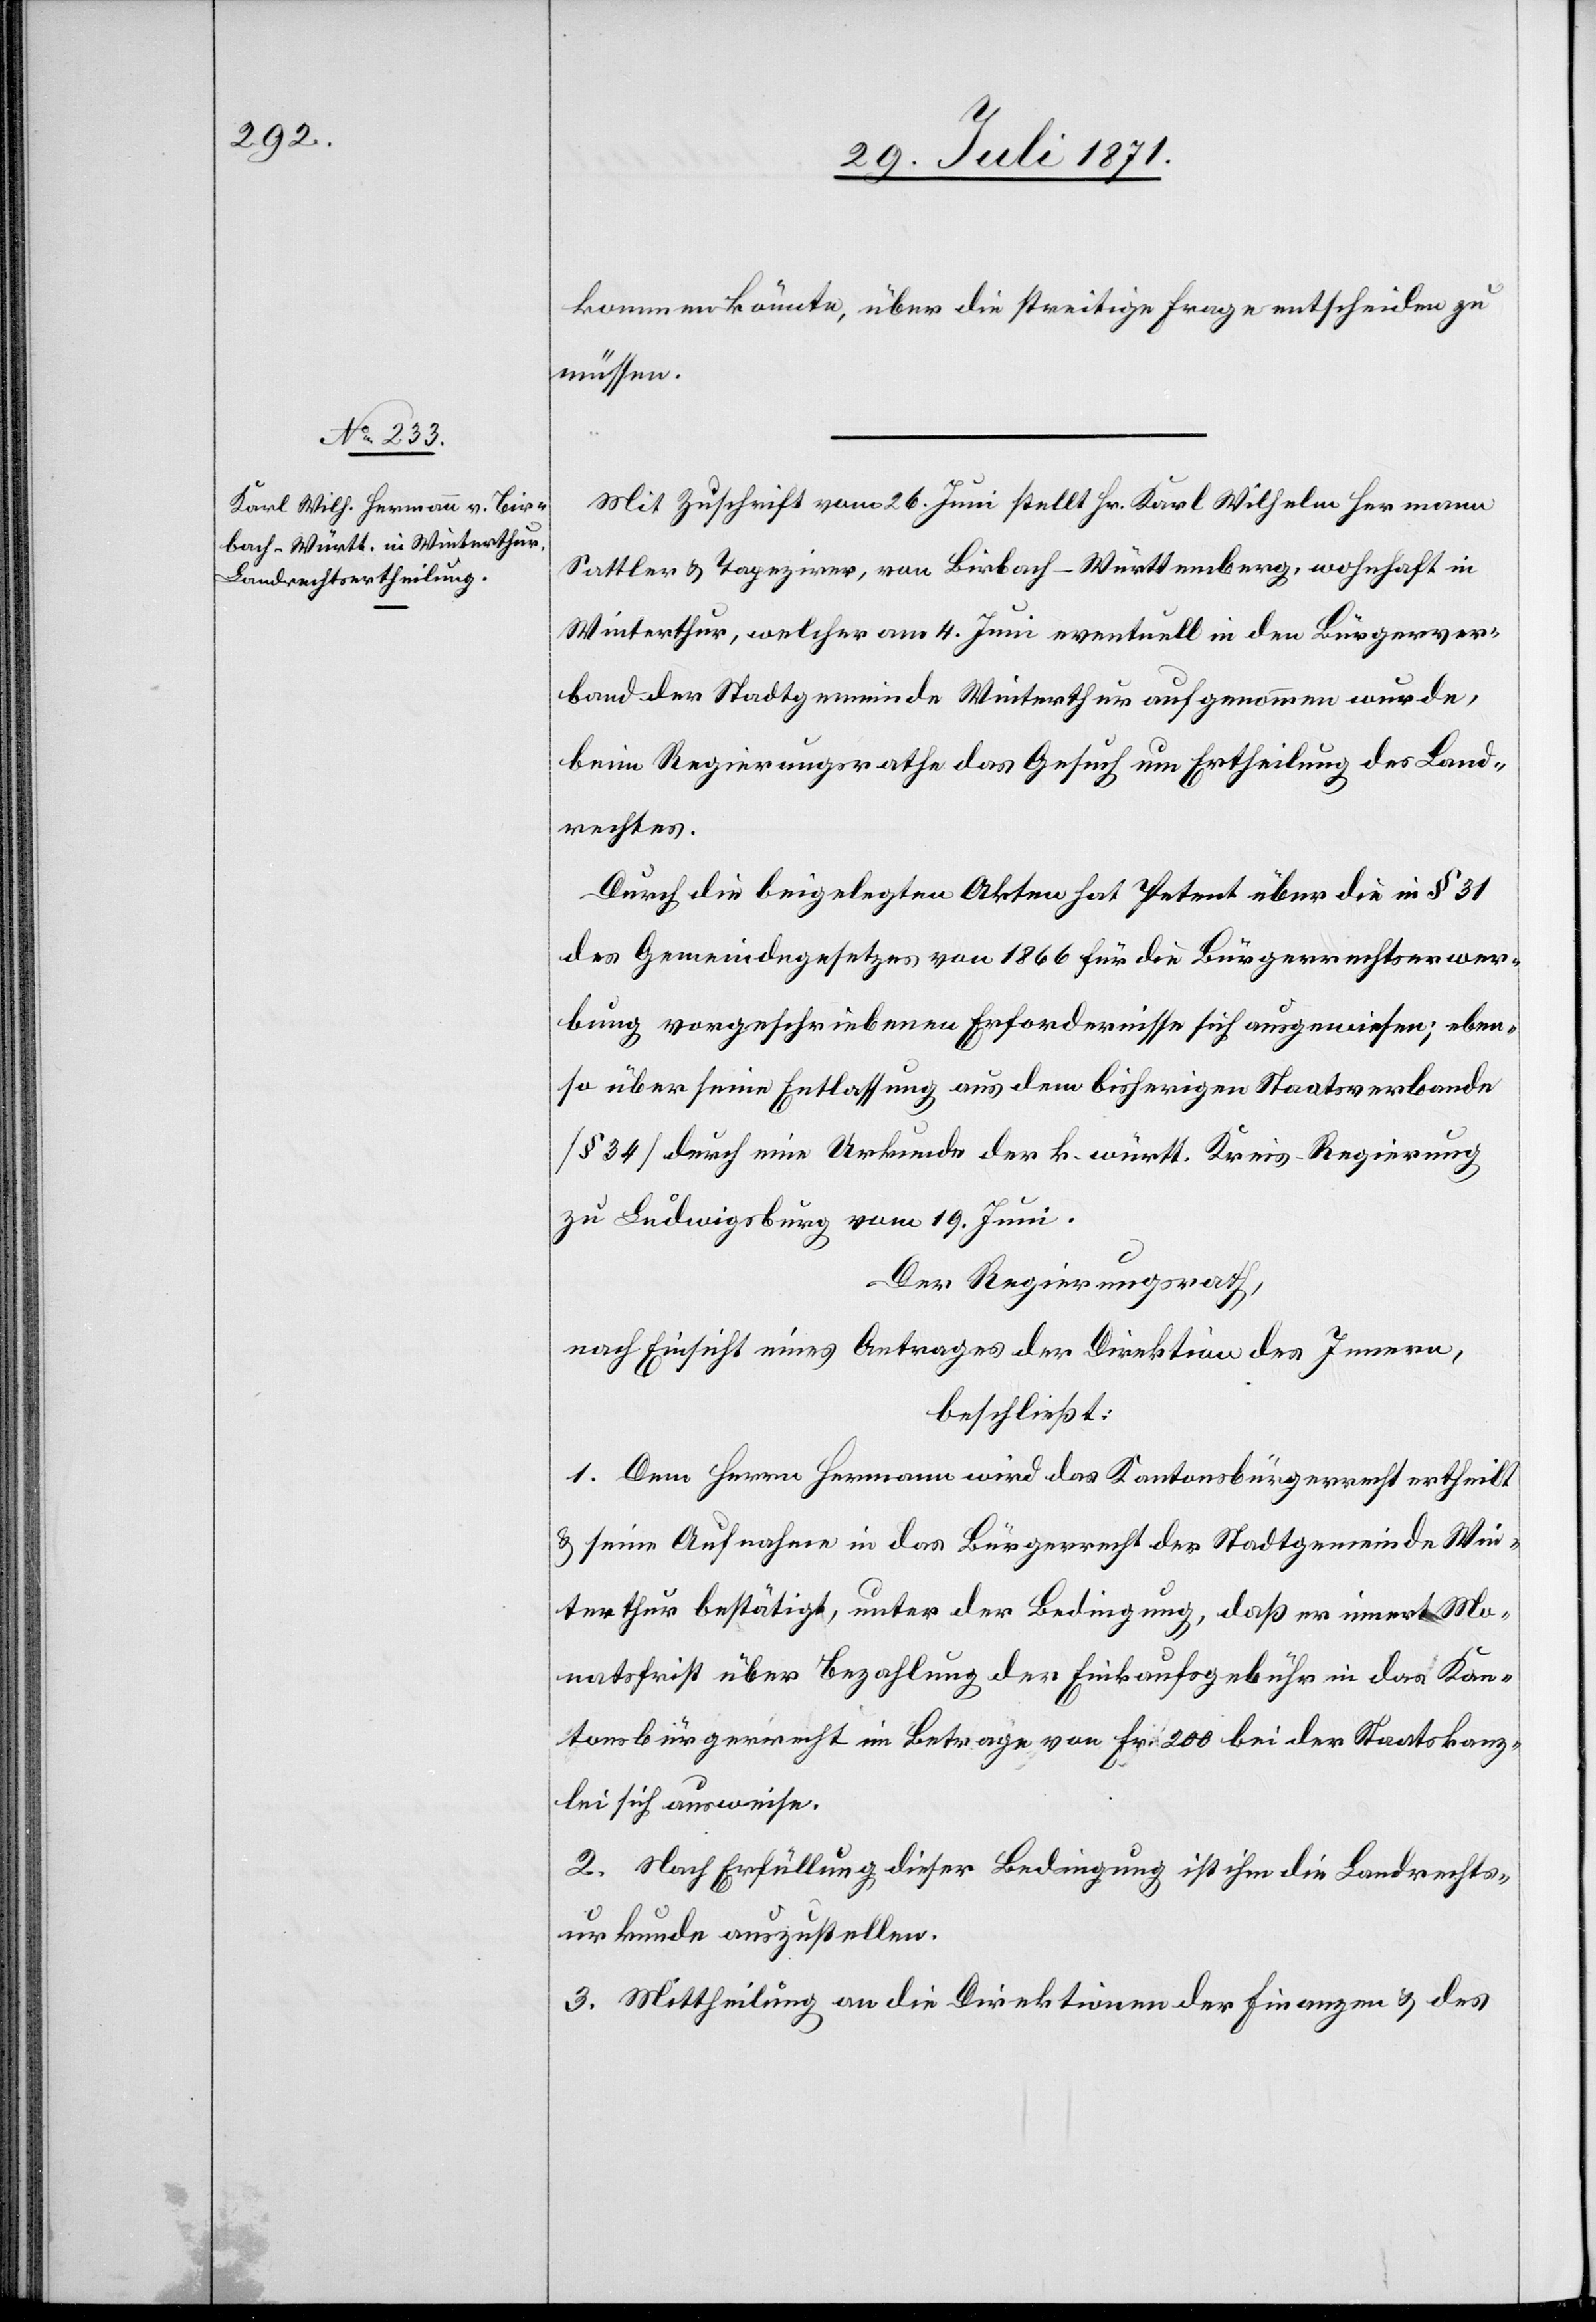
kommen könnte, über die streitige Frage entscheiden zu
müssen.
Mit Zuschrift vom 26. Juni stellt Hr. Karl Wilhelm Hermann
Sattler u. Tapezirer, von Birbach-Württemberg, wohnhaft in
Winterthur, welcher am 4. Juni eventuell in den Bürgerver¬
band der Stadtgemeinde Winterthur aufgenommen wurde,
beim Regierungsrathe das Gesuch um Ertheilung des Land¬
rechtes.
Durch die beigelegten Akten hat Petent über die in § 31
des Gemeindegesetzes von 1866 für die Bürgerrechtserwer¬
bung vorgeschriebenen Erfordernisse sich ausgewiesen; eben¬
so über seine Entlassung aus dem bisherigen Staatsverbande
[§ 34] durch eine Urkunde der k. württ. Kreis-Regierung
zu Ludwigsburg vom 19. Juni.
Der Regierungsrath,
nach Einsicht eines Antrages der Direktion des Innern,
beschließt:
1. Dem Herrn Hermann wird das Kantonsbürgerrecht ertheilt
u. seine Aufnahme in das Bürgerrecht der Stadtgemeinde Win¬
terthur bestätigt, unter der Bedingung, daß er innert Mo¬
natsfrist über Bezahlung der Einkaufsgebühr in das Kan¬
tonsbürgerrecht im Betrage von Fr. 200 bei der Staatskanz¬
lei sich ausweise.
2. Nach Erfüllung dieser Bedingung ist ihm die Landrechts¬
urkunde auszustellen.
3. Mittheilung an die Direktion der Finanzen u. des